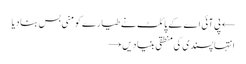
← پی آئی اے کے پائلٹ نے طیارے کو منی بس بنادیا
انتہا پسندی کی منطقی بنیادیں →